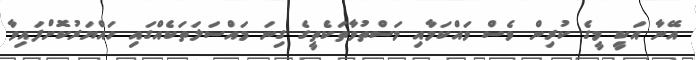
އޭނާ އަކީ މީގެ ކުރިން ވެސް ވައްކަމާއި މަސްތުވާތަކެތީގެ ގިނަ މައްސަލަތަކެއްގައި ހައްޔަރުކޮށްފައިވާ